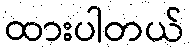
ထားပါတယ်